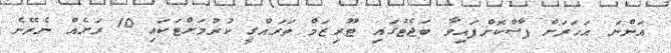
އަންނަ އަހަރަށް ފާސްކޮށްފައިވާ ބަޖެޓުގައި ޓޫރިޒަމް ތަރައްގީ ކުރުމަށްޓަކައި 10 ރަށެއް ނެރޭނެ